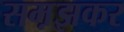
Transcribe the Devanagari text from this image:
सम़झकर